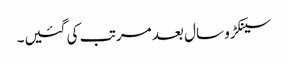
سینکڑو سال بعد مرتب کی گئیں۔